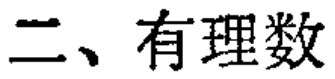
二、有理数